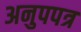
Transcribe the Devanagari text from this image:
अनुपपत्र